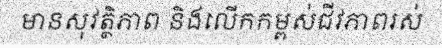
មានសុវត្ថិភាព និងលើកកម្ពស់ជីវភាពរស់